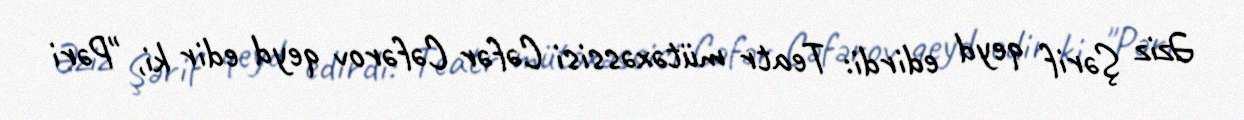
Əziz Şərif qeyd edirdi: Teatr mütəxəssisi Cəfər Cəfərov qeyd edir ki, "Pəri